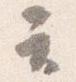
テ